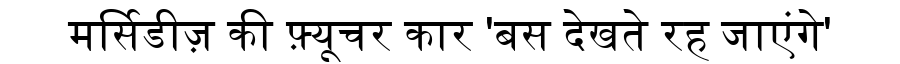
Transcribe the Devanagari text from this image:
मर्सिडीज़ की फ़्यूचर कार 'बस देखते रह जाएंगे'